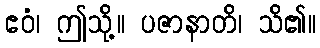
ဧဝံ၊ ဤသို့။ ပဇာနာတိ၊ သိ၏။